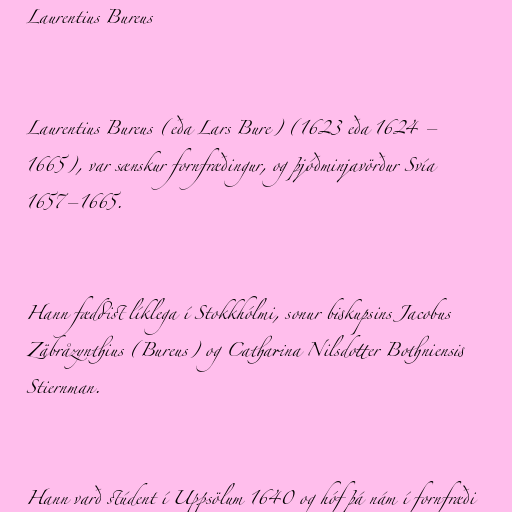
Laurentius Bureus

Laurentius Bureus (eða Lars Bure) (1623 eða 1624 –
1665), var sænskur fornfræðingur, og þjóðminjavörður Svía
1657–1665.

Hann fæddist líklega í Stokkhólmi, sonur biskupsins Jacobus
Zäbråzynthius (Bureus) og Catharina Nilsdotter Bothniensis
Stiernman.

Hann varð stúdent í Uppsölum 1640 og hóf þá nám í fornfræði